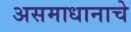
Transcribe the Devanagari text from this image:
असमाधानाचे